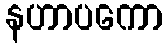
နဟာပကော